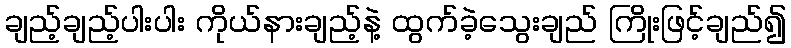
ချည့်ချည့်ပါးပါး ကိုယ်နားချည့်နဲ့ ထွက်ခဲ့သွေးချည် ကြိုးဖြင့်ချည်၍